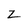
Character: Z